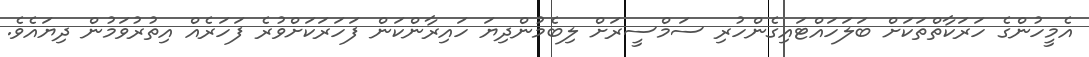
އެމީހުންގެ ހަރަކާތްތަކަށް ބަލަހައްޓައިގެންހުރި ސަމްސީރަށް ލިބެމުންދިޔަ ހައިރާންކަން ފަހަރަކަށްވުރެ ފަހަރެއް އިތުރުވަމުން ދިޔައެވެ.